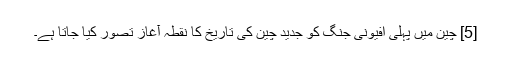
[5] چین میں پہلی افیونی جنگ کو جدید چین کی تاریخ کا نقطہ آغاز تصور کیا جاتا ہے۔